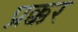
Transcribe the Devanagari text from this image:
प्रक्कर